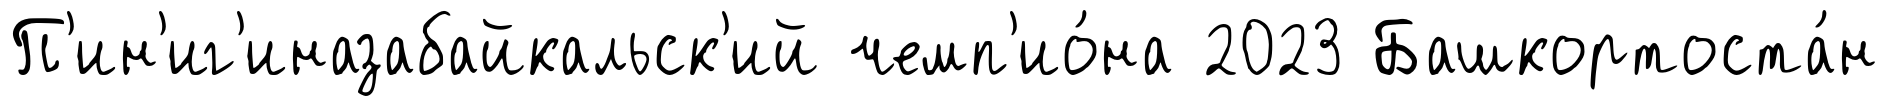
П'ин'иг'иназабайкальск'ий чемп'ио́на 2023 Башкортоста́н